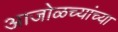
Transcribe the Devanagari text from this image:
आजोळच्यांच्या